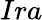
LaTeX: Ira